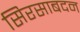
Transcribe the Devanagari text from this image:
सिरसाबदन